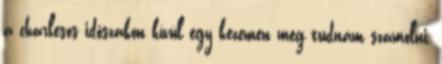
a charlesos időszakon kívül egy kezemen meg tudnám számolni,